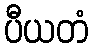
ပီယတံ